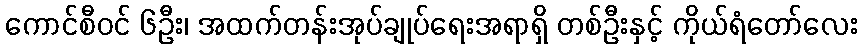
ကောင်စီဝင် ၆ဦး၊ အထက်တန်းအုပ်ချုပ်ရေးအရာရှိ တစ်ဦးနှင့် ကိုယ်ရံတော်လေး